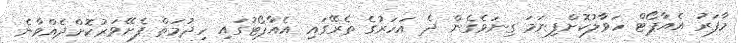
މާފަރު އެއާޕޯޓް ހަވާލުކޮށްފިނަމަ ގިނަވެގެން ދެ އަހަރުގެ ތެރޭގައި އެއާޕޯޓުގައި ހިދުމަތް ފެށޭވަރުކޮށްދެއްވާނެ